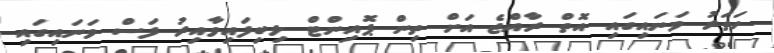
ހަތަރު ވަނައިގައި އޮތް ރާއްޖެ އަށް ތިން ޕޮއިންޓް ލިބިފައިވާއިރު ފަސް ވަނައިގައި